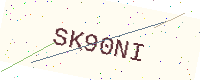
Text: SK90NI